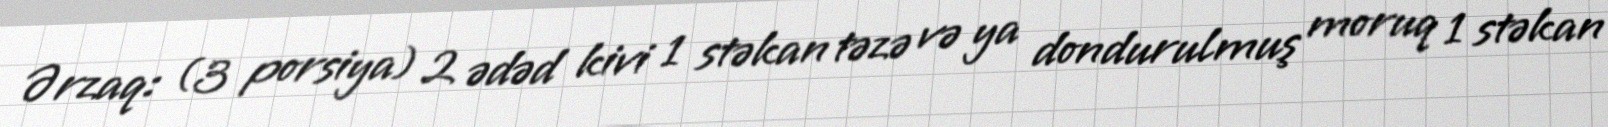
Ərzaq: (3 porsiya) 2 ədəd kivi 1 stəkan təzə və ya dondurulmuş moruq 1 stəkan